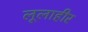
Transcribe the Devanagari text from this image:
लूलाहीर